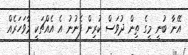
އޭނާ ބުނީ މީގެ ތިން ދުވަސް ކުރިން ފެނުނު އެ އެއްޗަކީ މާވަހަރެއް